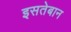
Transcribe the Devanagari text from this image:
इसतेबान